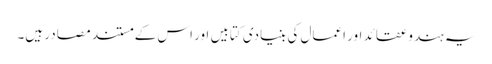
یہ ہندو عقائد اور اعمال کی بنیادی کتابیں اور اس کے مستند مصادر ہیں۔